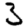
Digit: 3